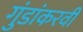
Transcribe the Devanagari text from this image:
गुंडांकरवी